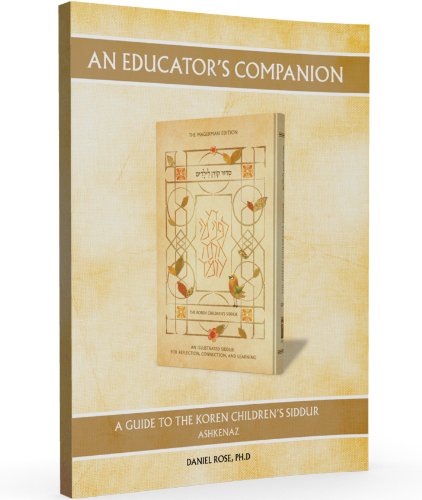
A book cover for An Educators Companion to Koren Children's Siddur: Ashkenaz; Daniel Rose; Religion & Spirituality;